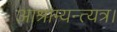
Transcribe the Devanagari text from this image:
आश्राम्यन्त्यत्र।